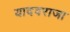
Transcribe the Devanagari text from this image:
यादवराजा